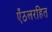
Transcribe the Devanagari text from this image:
एँठलरहित